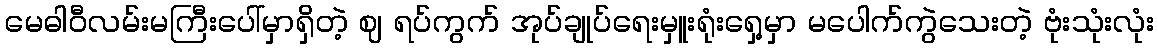
မေဓါဝီလမ်းမကြီးပေါ်မှာရှိတဲ့ ဈ ရပ်ကွက် အုပ်ချုပ်ရေးမှူးရုံးရှေ့မှာ မပေါက်ကွဲသေးတဲ့ ဗုံးသုံးလုံး